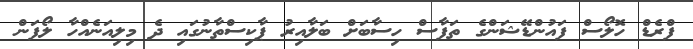
ފްރެޑް ހޮލޯސް ފައުންޑޭޝަންގެ ތަފާސް ހިސާބަށް ބަލާއިރު ޕާކިސްތާނުގައި ދެ މިލިއަނެއްހާ ލޯފަން